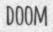
DOOM